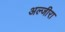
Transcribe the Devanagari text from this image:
अल्जीरा